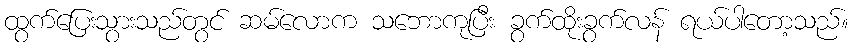
ထွက်ပြေးသွားသည်တွင် ဆမ်လောက သဘောကုပြီး ခွက်ထိုးခွက်လန် ရယ်ပါတော့သည်။